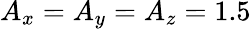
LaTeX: A_{x}=A_{y}=A_{z}=1.5